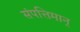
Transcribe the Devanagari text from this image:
संपत्तिमान्